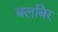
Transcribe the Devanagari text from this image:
बलबिर